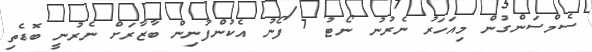
ސެމްސަންގުން މިއަހަރު ނެރުނު ނޯޓު 7 ފޯނު އެކުންފުނިން ބާޒާރަށް ނެރުނީ ބޮޑެތި